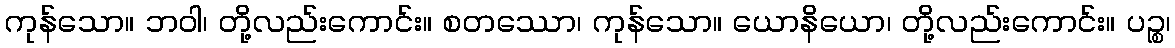
ကုန်သော။ ဘဝါ၊ တို့လည်းကောင်း။ စတဿော၊ ကုန်သော။ ယောနိယော၊ တို့လည်းကောင်း။ ပဉ္စ၊